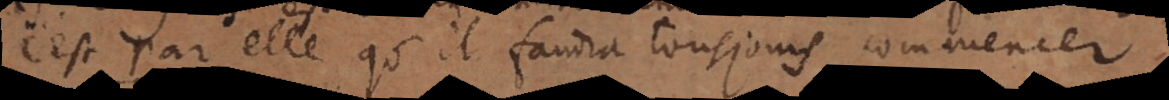
c’est par elle qu’il faudra tousjours commencer.